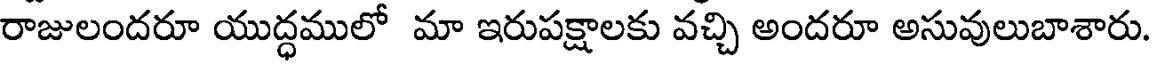
రాజులందరూ యుద్ధములో మా ఇరుపక్షాలకు వచ్చి అందరూ అసువులుబాశారు.